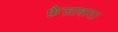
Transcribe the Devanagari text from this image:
फ़ैज़ाबाद।